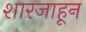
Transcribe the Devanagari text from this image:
शारजाहून